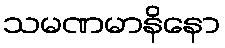
သမဏမာနိနော